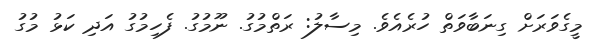
މީގެވަރަށް ގިނަބާވަތް ހުރެއެވެ. މިސާލު: ރަތްމުގު. ނޫމުގު. ފެހިމުގު އަދި ކަޅު މުގު